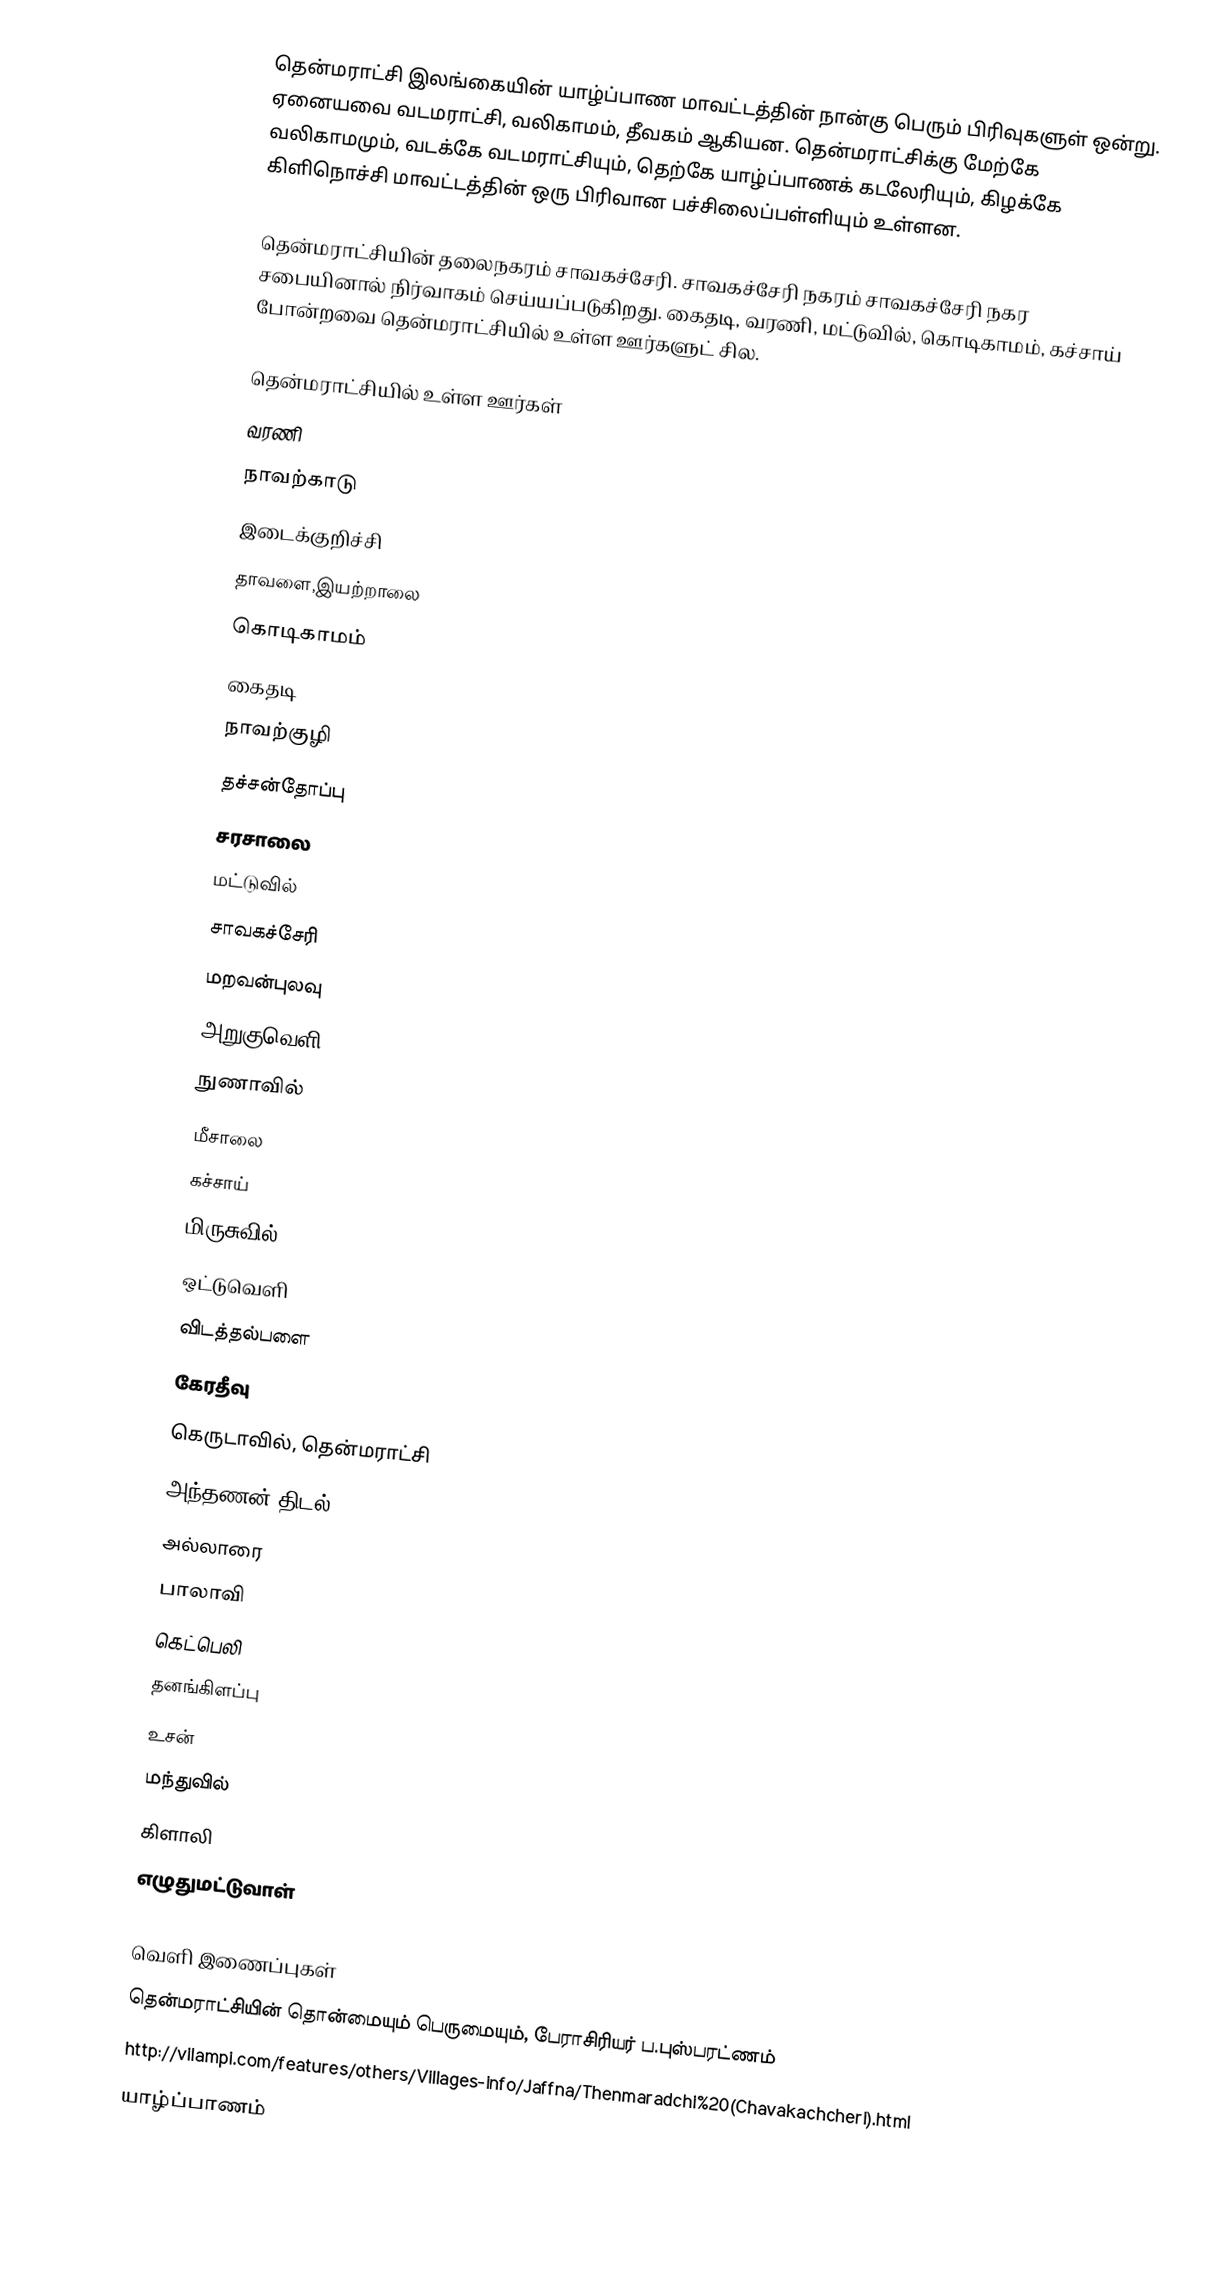
தென்மராட்சி இலங்கையின் யாழ்ப்பாண மாவட்டத்தின் நான்கு பெரும் பிரிவுகளுள் ஒன்று. ஏனையவை வடமராட்சி, வலிகாமம், தீவகம் ஆகியன. தென்மராட்சிக்கு மேற்கே வலிகாமமும், வடக்கே வடமராட்சியும், தெற்கே யாழ்ப்பாணக் கடலேரியும், கிழக்கே கிளிநொச்சி மாவட்டத்தின் ஒரு பிரிவான பச்சிலைப்பள்ளியும் உள்ளன.

தென்மராட்சியின் தலைநகரம் சாவகச்சேரி. சாவகச்சேரி நகரம் சாவகச்சேரி நகர சபையினால் நிர்வாகம் செய்யப்படுகிறது. கைதடி, வரணி, மட்டுவில், கொடிகாமம், கச்சாய் போன்றவை தென்மராட்சியில் உள்ள ஊர்களுட் சில.

தென்மராட்சியில் உள்ள ஊர்கள்
 வரணி
 நாவற்காடு
 இடைக்குறிச்சி
 தாவளை,இயற்றாலை
 கொடிகாமம்
 கைதடி
 நாவற்குழி
 தச்சன்தோப்பு
 சரசாலை
 மட்டுவில்
 சாவகச்சேரி
 மறவன்புலவு
 அறுகுவெளி
 நுணாவில்
 மீசாலை
 கச்சாய்
 மிருசுவில்
 ஒட்டுவெளி
 விடத்தல்பளை
 கேரதீவு
 கெருடாவில், தென்மராட்சி
 அந்தணன் திடல்
 அல்லாரை
 பாலாவி
 கெட்பெலி
 தனங்கிளப்பு
 உசன்
 மந்துவில்
 கிளாலி
 எழுதுமட்டுவாள்

வெளி இணைப்புகள்
தென்மராட்சியின் தொன்மையும் பெருமையும், பேராசிரியர் ப.புஸ்பரட்ணம்
 http://vilampi.com/features/others/Villages-info/Jaffna/Thenmaradchi%20(Chavakachcheri).html
யாழ்ப்பாணம்